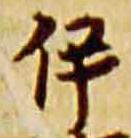
伊